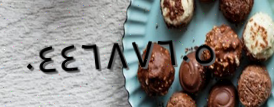
٠٤٤٦٨٧٦٠٥